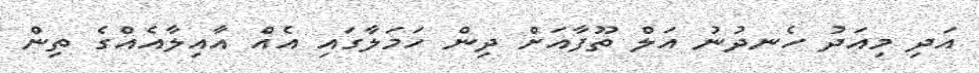
އަދި މިއަދު ހެނދުނު އަލް ތޫފާއަށް ދިން ހަމަލާގައި އެއް އާއިލާއެއްގެ ތިން